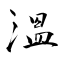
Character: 溫